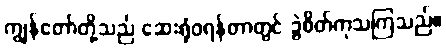
ကျွန်တော်တို့သည် ဆေးရုံဝရန်တာတွင် ခွဲစိတ်ကုသကြသည်။